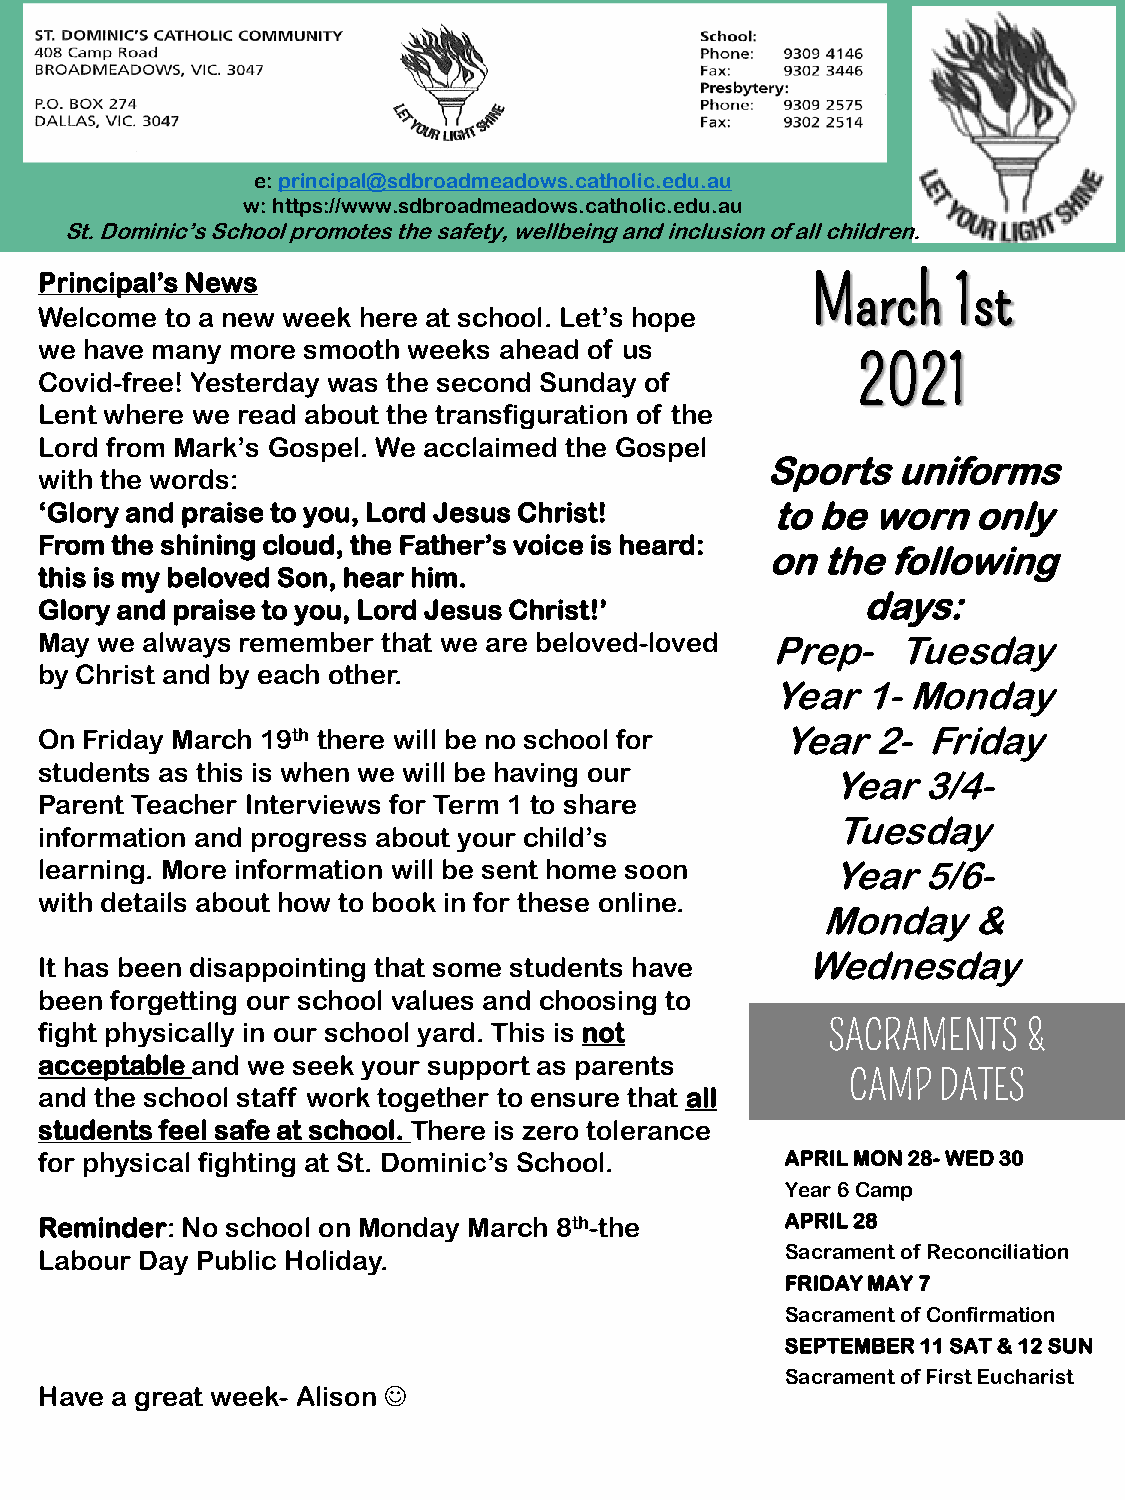
e: principal@sdbroadmeadows.catholic.edu.au
 w: https://www.sdbroadmeadows.catholic.edu.au
 St. Dominic’s School promotes the safety, wellbeing and inclusion of all children.
 Principal’s News                                   March    1st
 Welcome to a new week here at school. Let’s hope
 we have many more smooth weeks ahead of us
 2021
 Covid-free! Yesterday was the second Sunday of
 Lent where we read about the transfiguration of the
 Lord from Mark’s Gospel. We acclaimed the Gospel
 Sports  uniforms
 with the words:
 ‘Glory and praise to you, Lord Jesus Christ!    to be  worn  only
 From the shining cloud, the Father’s voice is heard:
 on the  following
 this is my beloved Son, hear him.
 days:
 Glory and praise to you, Lord Jesus Christ!’
 May we always remember that we are beloved-loved Prep-  Tuesday
 by Christ and by each other.
 Year  1-Monday
 On Friday March 19th there will be no school for Year  2- Friday
 students as this is when we will be having our
 Year  3/4-
 Parent Teacher Interviews for Term 1 to share
 Tuesday
 information and progress about your child’s
 learning. More information will be sent home soon   Year  5/6-
 with details about how to book in for these online.
 Monday    &
 It has been disappointing that some students have Wednesday
 been forgetting our school values and choosing to
 fight physically in our school yard. This is not    SACRAMENTS   &
 acceptable and we seek your support as parents
 CAMP  DATES
 and the school staff work together to ensure that all
 students feel safe at school. There is zero tolerance
 for physical fighting at St. Dominic’s School.   APRIL MON 28-WED 30
 Year 6 Camp
 Reminder: No school on Monday March 8th-the      APRIL 28
 Labour Day Public Holiday.                       Sacrament of Reconciliation
 FRIDAY MAY 7
 Sacrament of Confirmation
 SEPTEMBER 11 SAT & 12 SUN
 Sacrament of First Eucharist
 Have a great week- Alison 